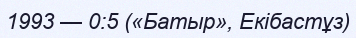
1993 — 0:5 («Батыр», Екібастұз)